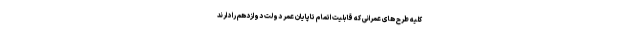
کلیه طرح های عمرانی که قابلیت اتمام تاپایان عمر دولت دوازدهم را دارند